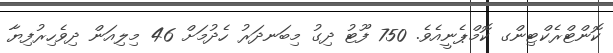
ކޮންޓްރެކްޓިންގ ކޮމްޕެނީއެވެ. 750 ފޫޓު ދިގު މިބަނދަރު ހެދުމަށް 46 މިލިއަން ދިވެހިރުފިޔާ